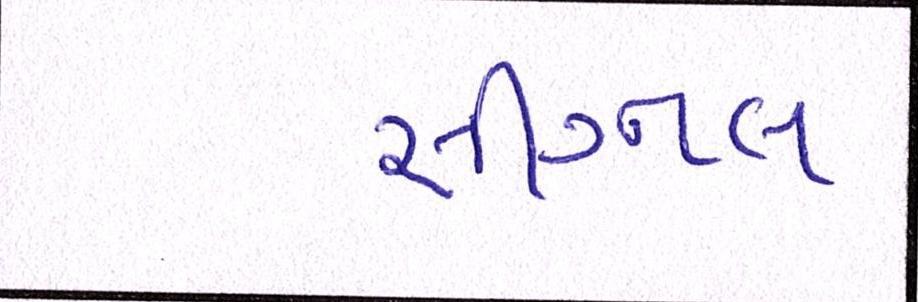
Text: સીગ્નલ